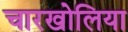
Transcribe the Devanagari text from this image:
चारखोलिया